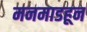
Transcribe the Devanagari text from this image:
मनमाडहून